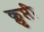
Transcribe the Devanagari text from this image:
क्लृप्ती